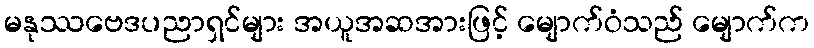
မနုဿဗေဒပညာရှင်များ အယူအဆအားဖြင့် မျောက်ဝံသည် မျောက်က